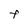
Character: F